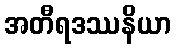
အတီရဒဿနိယာ